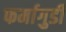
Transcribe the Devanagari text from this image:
फर्मागुडी